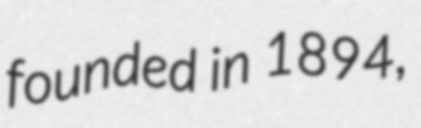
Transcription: founded in 1894,